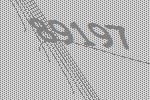
89197